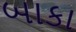
બાકા